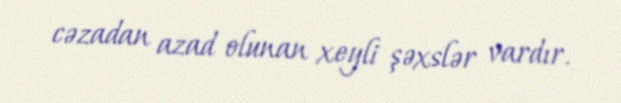
cəzadan azad olunan xeyli şəxslər vardır.